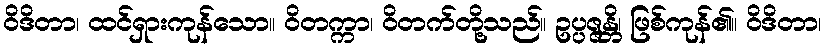
ဝိဒိတာ၊ ထင်ရှားကုန်သော။ ဝိတက္ကာ၊ ဝိတက်တို့သည်။ ဥပ္ပဇ္ဇန္တိ၊ ဖြစ်ကုန်၏။ ဝိဒိတာ၊